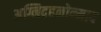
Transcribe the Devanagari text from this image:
अग्निदहनोन्माद